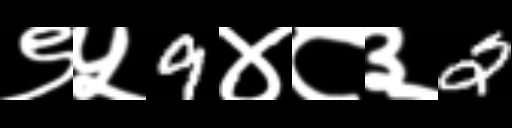
Text: ९५9४८३2